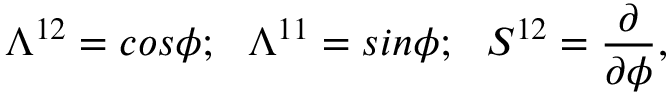
\Lambda ^ { 1 2 } = c o s \phi ; ~ ~ \Lambda ^ { 1 1 } = s i n \phi ; ~ ~ S ^ { 1 2 } = { \frac { \partial } { \partial \phi } } ,